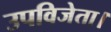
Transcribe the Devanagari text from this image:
उपविजेता।